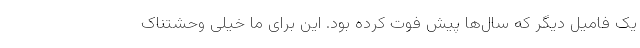
یک فامیل دیگر که سال‌ها پیش فوت کرده بود. این برای ما خیلی وحشتناک